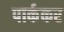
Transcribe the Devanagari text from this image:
पार्ककर